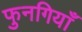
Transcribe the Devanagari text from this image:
फुनगियाँ